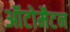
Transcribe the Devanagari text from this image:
ऑटोमैटन